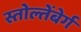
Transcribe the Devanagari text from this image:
स्तोल्तेंबेर्ग